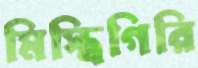
মিস্ত্রিগিরি